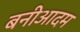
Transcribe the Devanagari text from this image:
बनीआदम